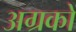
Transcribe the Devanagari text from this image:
अग्रकों